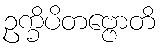
ဥက္ခိပိတဗ္ဗောတိ